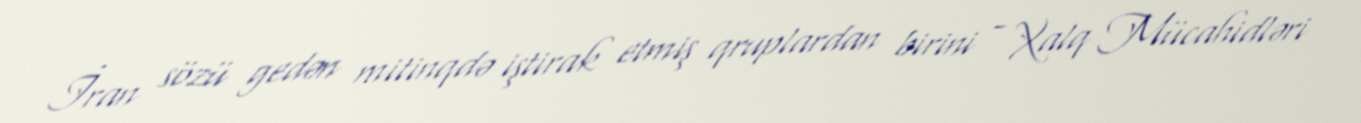
İran sözü gedən mitinqdə iştirak etmiş qruplardan birini - Xalq Mücahidləri